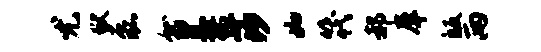
尤狱磊就黑操莎如筏郝犀皈两